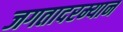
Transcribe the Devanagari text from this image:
जगतादरम्यान